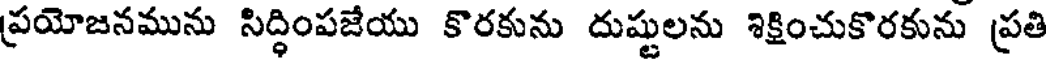
ప్రయోజనమును సిద్ధింపజేయు కొరకును దుష్టులను శిక్షించుకొరకును ప్రతి